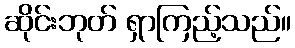
ဆိုင်းဘုတ် ရှာကြည့်သည်။